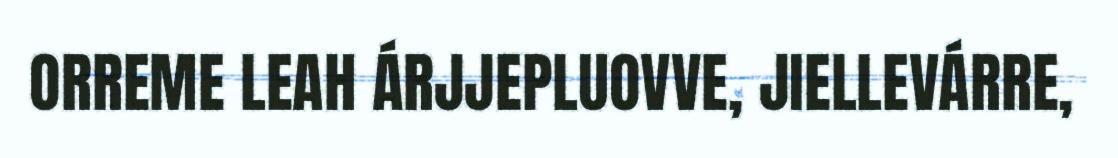
ORREME LEAH ÁRJJEPLUOVVE, JIELLEVÁRRE,